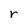
Character: r